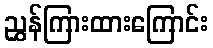
ညွှန်ကြားထားကြောင်း